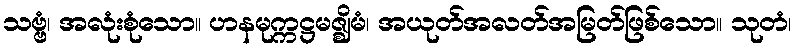
သဗ္ဗံ၊ အလုံးစုံသော။ ဟနမုက္ကဋ္ဌမဇ္ဈိမံ၊ အယုတ်အလတ်အမြတ်ဖြစ်သော။ သုတံ၊